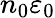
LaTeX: n_{0}\varepsilon_{0}